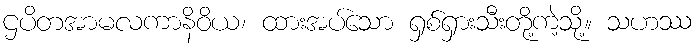
ဌပိတအာမလကာနိဝိယ၊ ထားအပ်သော ရှစ်ရှားသီးတို့ကဲ့သို့။ သဟဿ